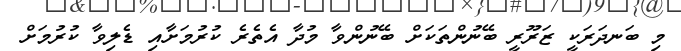
މި ބަނދަރަކީ ޒަރޫރީ ބޭނުންތަކަށް ބޭނުންވާ މުދާ އެތެރެ ކުރުމަށާއި ޑެލިވާ ކުރުމަށް